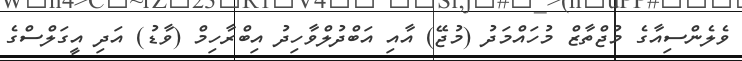
ވެލެންސިއާގެ މުޖްތާޒް މުހައްމަދު (މުޖޭ) އާއި އަބްދުލްވާހިދު އިބްރާހިމް (ވާޑު) އަދި އީގަލްސްގެ